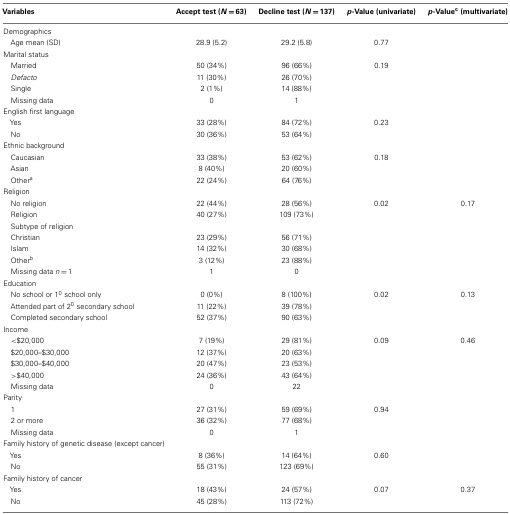
<table><thead><tr><td><b>Variables</b></td><td><b>Accept test (<i>N</i> = 63)</b></td><td><b>Decline test (<i>N</i> = 137)</b></td><td><b><i>p</i>-Value (univariate)</b></td><td><b><i>p</i>-Value<sup>c</sup> (multivariate)</b></td></tr></thead><tbody><tr><td>Demographics</td></tr><tr><td> Age mean (SD)</td><td>28.9 (5.2)</td><td>29.2 (5.8)</td><td>0.77</td><td></td></tr><tr><td>Marital status</td></tr><tr><td> Married</td><td>50 (34%)</td><td>96 (66%)</td><td>0.19</td><td></td></tr><tr><td> <i>Defacto</i></td><td>11 (30%)</td><td>26 (70%)</td><td></td></tr><tr><td> Single</td><td>2 (1%)</td><td>14 (88%)</td><td></td></tr><tr><td> Missing data</td><td>0</td><td>1</td><td></td></tr><tr><td>English first language</td></tr><tr><td> Yes</td><td>33 (28%)</td><td>84 (72%)</td><td>0.23</td><td></td></tr><tr><td> No</td><td>30 (36%)</td><td>53 (64%)</td><td></td></tr><tr><td>Ethnic background</td></tr><tr><td> Caucasian</td><td>33 (38%)</td><td>53 (62%)</td><td>0.18</td><td></td></tr><tr><td> Asian</td><td>8 (40%)</td><td>20 (60%)</td><td></td></tr><tr><td> Other<sup>a</sup></td><td>22 (24%)</td><td>64 (76%)</td><td></td></tr><tr><td>Religion</td></tr><tr><td> No religion</td><td>22 (44%)</td><td>28 (56%)</td><td>0.02</td><td>0.17</td></tr><tr><td> Religion</td><td>40 (27%)</td><td>109 (73%)</td><td></td></tr><tr><td> Subtype of religion</td></tr><tr><td> Christian</td><td>23 (29%)</td><td>56 (71%)</td><td></td><td></td></tr><tr><td> Islam</td><td>14 (32%)</td><td>30 (68%)</td><td></td><td></td></tr><tr><td> Other<sup>b</sup></td><td>3 (12%)</td><td>23 (88%)</td><td></td><td></td></tr><tr><td> Missing data <i>n</i> = 1</td><td>1</td><td>0</td><td></td><td></td></tr><tr><td>Education</td></tr><tr><td> No school or 1<sup>0</sup> school only</td><td>0 (0%)</td><td>8 (100%)</td><td>0.02</td><td>0.13</td></tr><tr><td> Attended part of 2<sup>0</sup> secondary school</td><td>11 (22%)</td><td>39 (78%)</td><td></td></tr><tr><td> Completed secondary school</td><td>52 (37%)</td><td>90 (63%)</td><td></td></tr><tr><td>Income</td></tr><tr><td> &lt;$20,000</td><td>7 (19%)</td><td>29 (81%)</td><td>0.09</td><td>0.46</td></tr><tr><td> $20,000–$30,000</td><td>12 (37%)</td><td>20 (63%)</td><td></td></tr><tr><td> $30,000–$40,000</td><td>20 (47%)</td><td>23 (53%)</td><td></td></tr><tr><td> &gt;$40,000</td><td>24 (36%)</td><td>43 (64%)</td><td></td></tr><tr><td> Missing data</td><td>0</td><td>22</td><td></td></tr><tr><td>Parity</td></tr><tr><td> 1</td><td>27 (31%)</td><td>59 (69%)</td><td>0.94</td><td></td></tr><tr><td> 2 or more</td><td>36 (32%)</td><td>77 (68%)</td><td></td></tr><tr><td> Missing data</td><td>0</td><td>1</td><td></td></tr><tr><td>Family history of genetic disease (except cancer)</td></tr><tr><td> Yes</td><td>8 (36%)</td><td>14 (64%)</td><td>0.60</td><td></td></tr><tr><td> No</td><td>55 (31%)</td><td>123 (69%)</td><td></td></tr><tr><td>Family history of cancer</td></tr><tr><td> Yes</td><td>18 (43%)</td><td>24 (57%)</td><td>0.07</td><td>0.37</td></tr><tr><td> No</td><td>45 (28%)</td><td>113 (72%)</td><td></td></tr></tbody></table>